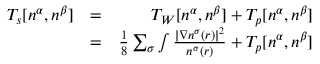
\begin{array} { r l r } { T _ { s } [ n ^ { \alpha } , n ^ { \beta } ] } & { = } & { T _ { W } [ n ^ { \alpha } , n ^ { \beta } ] + T _ { p } [ n ^ { \alpha } , n ^ { \beta } ] } \\ & { = } & { \frac { 1 } { 8 } \sum _ { \sigma } \int \frac { | \nabla n ^ { \sigma } ( \boldsymbol { r } ) | ^ { 2 } } { n ^ { \sigma } ( \boldsymbol { r } ) } + T _ { p } [ n ^ { \alpha } , n ^ { \beta } ] } \end{array}